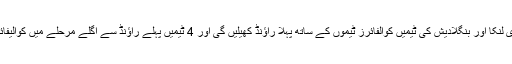
مینز ورلڈ کپ کا پہلا راؤنڈ 18 اکتوبر سے 30 اکتوبر تک کھیلا جائےگا، سری لنکا اور بنگلادیش کی ٹیمیں کوالفائرز ٹیموں کے ساتھ پہلا راؤنڈ کھیلیں گی اور 4 ٹیمیں پہلے راؤنڈ سے اگلے مرحلے میں کوالیفائی کریں گی جبکہ سپر 12 مرحلہ 24 اکتوبر سے 8 نومبر تک کھیلا جائے گا۔